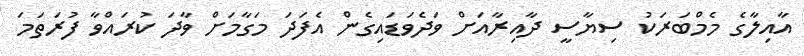
އާއިލާގެ މެމްބަރަކު ސިޔާސީ ދާއިރާއަށް ވަދެވަޑައިގެން އެފަދަ މަގާމަށް ވާދަ ކުރައްވާ ފުރަތަމަ